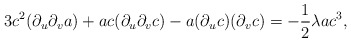
\begin{align*}3c^2(\partial_u\partial_v a)+ac(\partial_u\partial_v c)-a(\partial_u c)(\partial_v c)=-\frac{1}{2}\lambda ac^3 ,\end{align*}